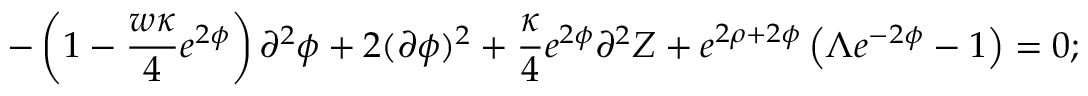
- \left( 1 - \frac { w \kappa } { 4 } e ^ { 2 \phi } \right) \partial ^ { 2 } \phi + 2 ( \partial \phi ) ^ { 2 } + \frac { \kappa } { 4 } e ^ { 2 \phi } \partial ^ { 2 } Z + e ^ { 2 \rho + 2 \phi } \left( \Lambda e ^ { - 2 \phi } - 1 \right) = 0 ;